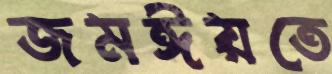
জমঈয়তে